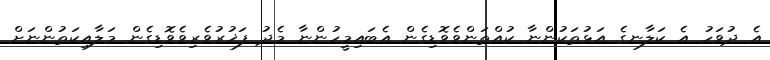
އެ ދުވަހު އެ ކަލާނގެ އަޅުތަކުންނާ ކުއްތަންވެވޮޑިގެން އެބައިމީހުންނާ މެދު ފަޚުރުވެރިވެވޮޑިގެން މަލާއިކަތުންނަށް